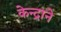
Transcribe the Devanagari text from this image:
केन्द्राने